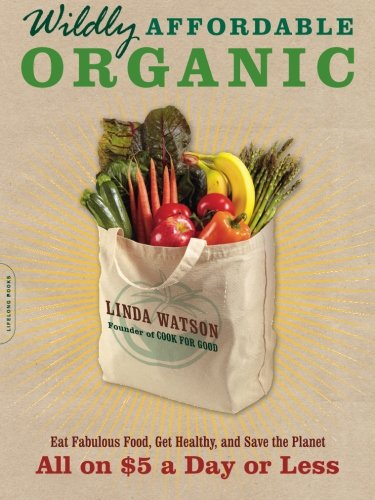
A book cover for Wildly Affordable Organic: Eat Fabulous Food, Get Healthy, and Save the Planet--All on $5 a Day or Less; Linda Watson; Cookbooks, Food & Wine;